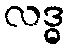
လဒ္ဓ